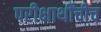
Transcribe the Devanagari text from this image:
परीक्षार्थींचीच